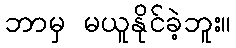
ဘာမှ မယူနိုင်ခဲ့ဘူး။